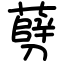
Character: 㔑